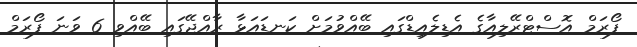
ފޯރަމް އޮސްޓްރޭލިއާގެ އެޑިލެއިޑްގައި ބޭއްވުމަށް ކަނޑައަޅާ ރާއްޖޭގައި ބޭއްވި 6 ވަނަ ފޯރަމް